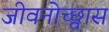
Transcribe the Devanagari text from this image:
जीवनोच्छ्वास